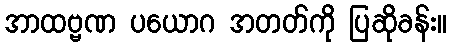
အာထဗ္ဗဏ ပယောဂ အတတ်ကို ပြဆိုခန်း။